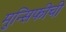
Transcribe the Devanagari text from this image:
मुन्सिफीची